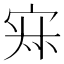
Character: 𡨜